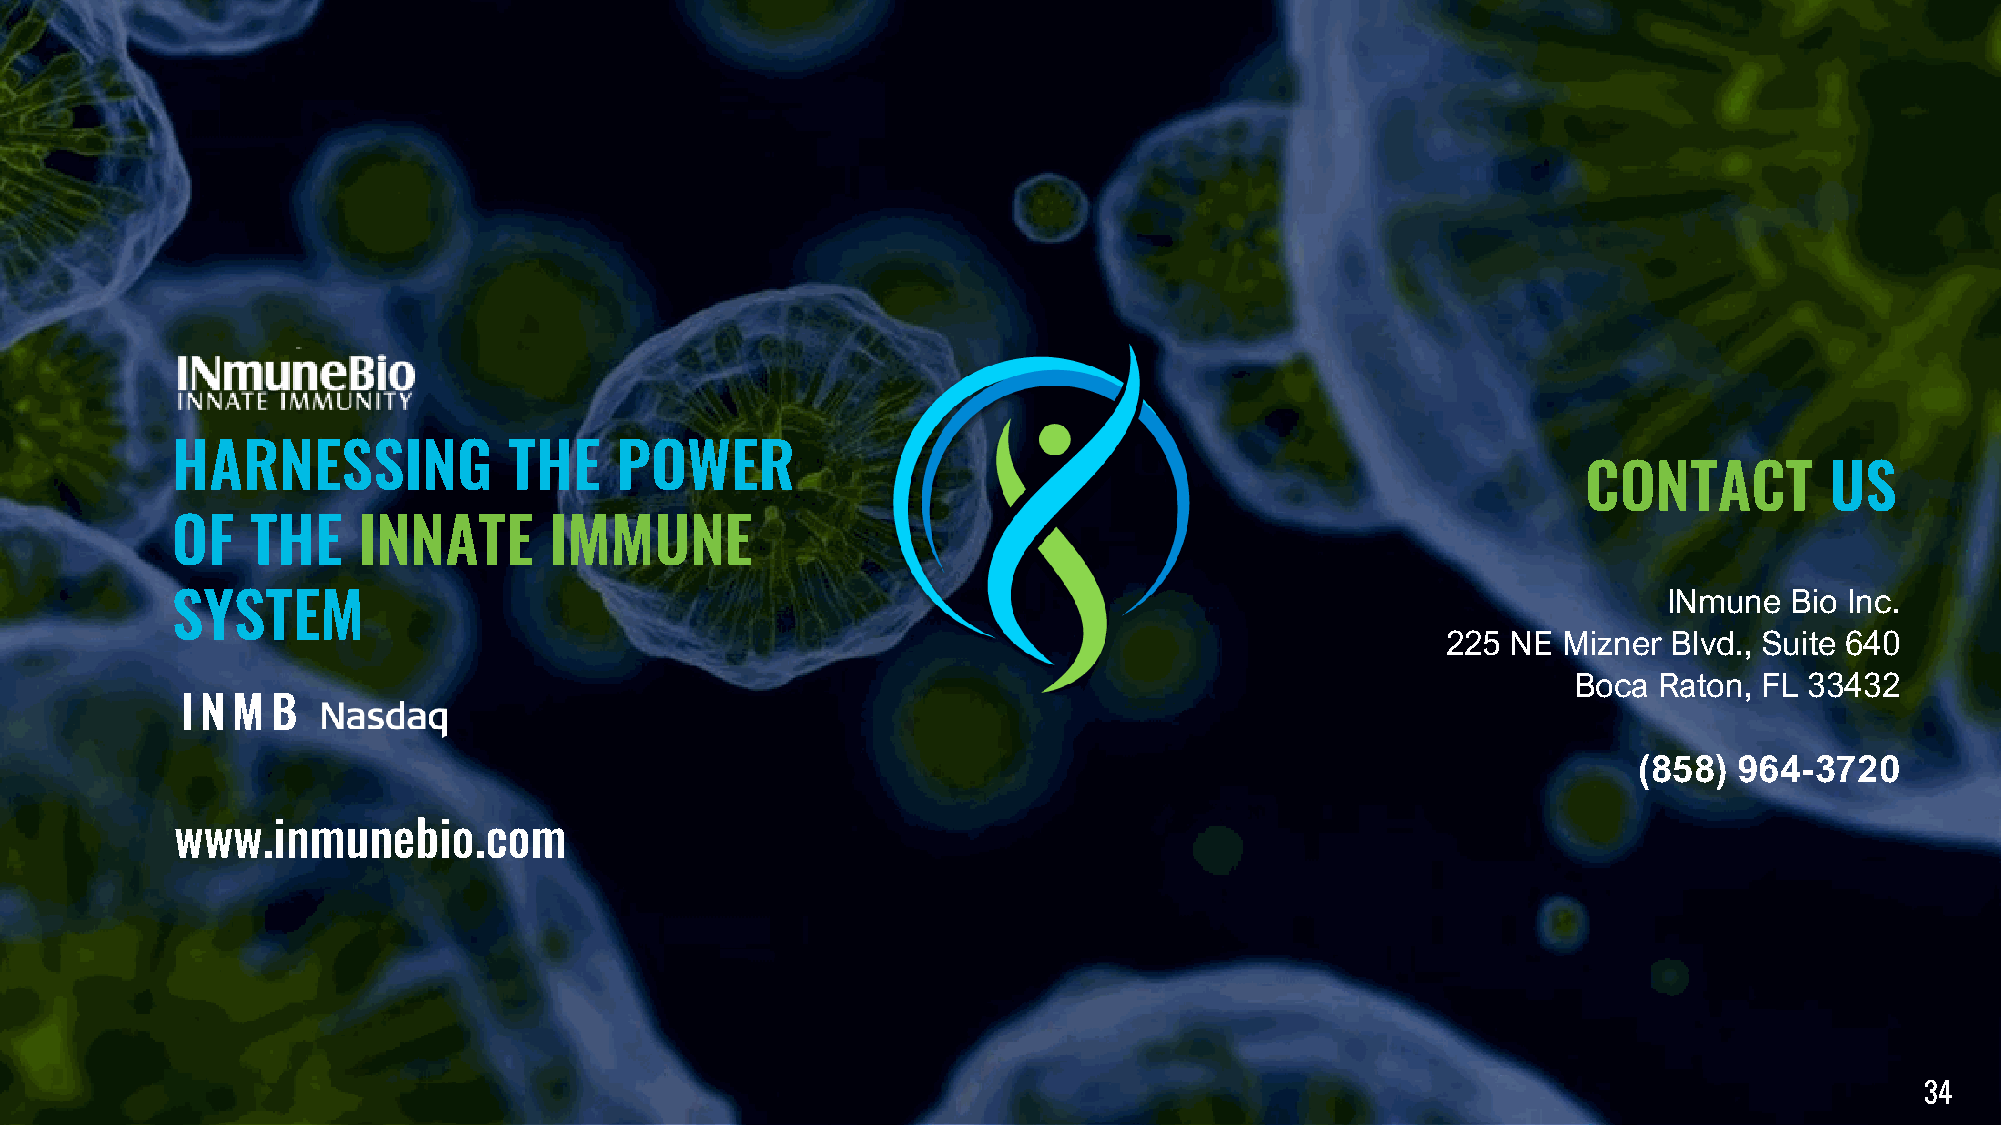
HARNESSING             THE    POWER
 CONTACT         US
 OF    THE    INNATE      IMMUNE
 INmune   Bio Inc.
 SYSTEM
 225 NE Mizner  Blvd., Suite 640
 Boca  Raton, FL 33432
 I N M B
 (858)  964-3720
 www.inmunebio.com
 34